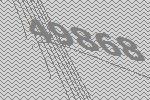
49868